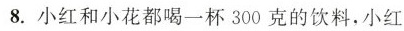
8.小红和小花都喝一杯300克的饮料，小红